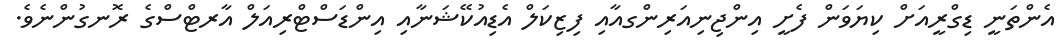
އެންތަނީ ޑިގްރީއަށް ކިޔަވަން ފެށީ އިންޖިނިއަރިންގއާއި ފިޒިކަލް އެޑިއުކޭޝަނާއި އިންޑަސްޓްރިއަލް އާރޓްސްގެ ރޮނގުންނެވެ.